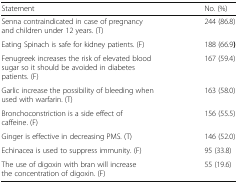
<table><thead><tr><td><b>Statement</b></td><td><b>No. (%)</b></td></tr></thead><tbody><tr><td>Senna contraindicated in case of pregnancy and children under 12 years. (T)</td><td>244 (86.8)</td></tr><tr><td>Eating Spinach is safe for kidney patients. (F)</td><td>188 (66.9<b>)</b></td></tr><tr><td>Fenugreek increases the risk of elevated blood sugar so it should be avoided in diabetes patients. (F)</td><td>167 (59.4)</td></tr><tr><td>Garlic increase the possibility of bleeding when used with warfarin. (T)</td><td>163 (58.0)</td></tr><tr><td>Bronchoconstriction is a side effect of caffeine. (F)</td><td>156 (55.5)</td></tr><tr><td>Ginger is effective in decreasing PMS. (T)</td><td>146 (52.0)</td></tr><tr><td>Echinacea is used to suppress immunity. (F)</td><td>95 (33.8)</td></tr><tr><td>The use of digoxin with bran will increase the concentration of digoxin. (F)</td><td>55 (19.6)</td></tr></tbody></table>